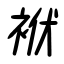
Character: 袱